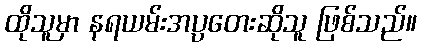
ထိုသူမှာ နရယမ်းအပ္ပတေးဆိုသူ ဖြစ်သည်။